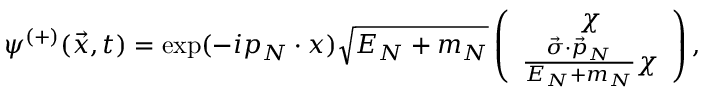
\psi ^ { ( + ) } ( \vec { x } , t ) = \exp ( - i p _ { N } \cdot x ) \sqrt { E _ { N } + m _ { N } } \left( \begin{array} { c } { { \chi } } \\ { { \frac { \vec { \sigma } \cdot \vec { p } _ { N } } { E _ { N } + m _ { N } } \chi } } \end{array} \right) ,